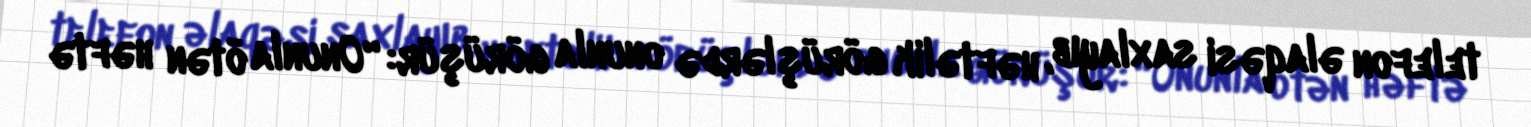
telefon əlaqəsi saxlayıb, həftəlik görüşlərdə onunla görüşür: “Onunla ötən həftə